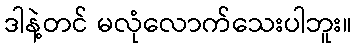
ဒါနဲ့တင် မလုံလောက်သေးပါဘူး။